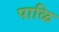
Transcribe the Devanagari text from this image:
पाळि